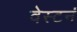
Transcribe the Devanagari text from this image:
वेस्टनं